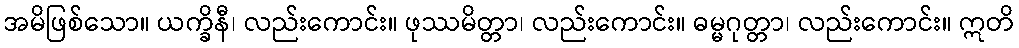
အမိဖြစ်သော။ ယက္ခိနီ၊ လည်းကောင်း။ ဖုဿမိတ္တာ၊ လည်းကောင်း။ ဓမ္မဂုတ္တာ၊ လည်းကောင်း။ ဣတိ